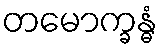
တမောက္ခန္ဓံ